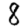
Digit: 8